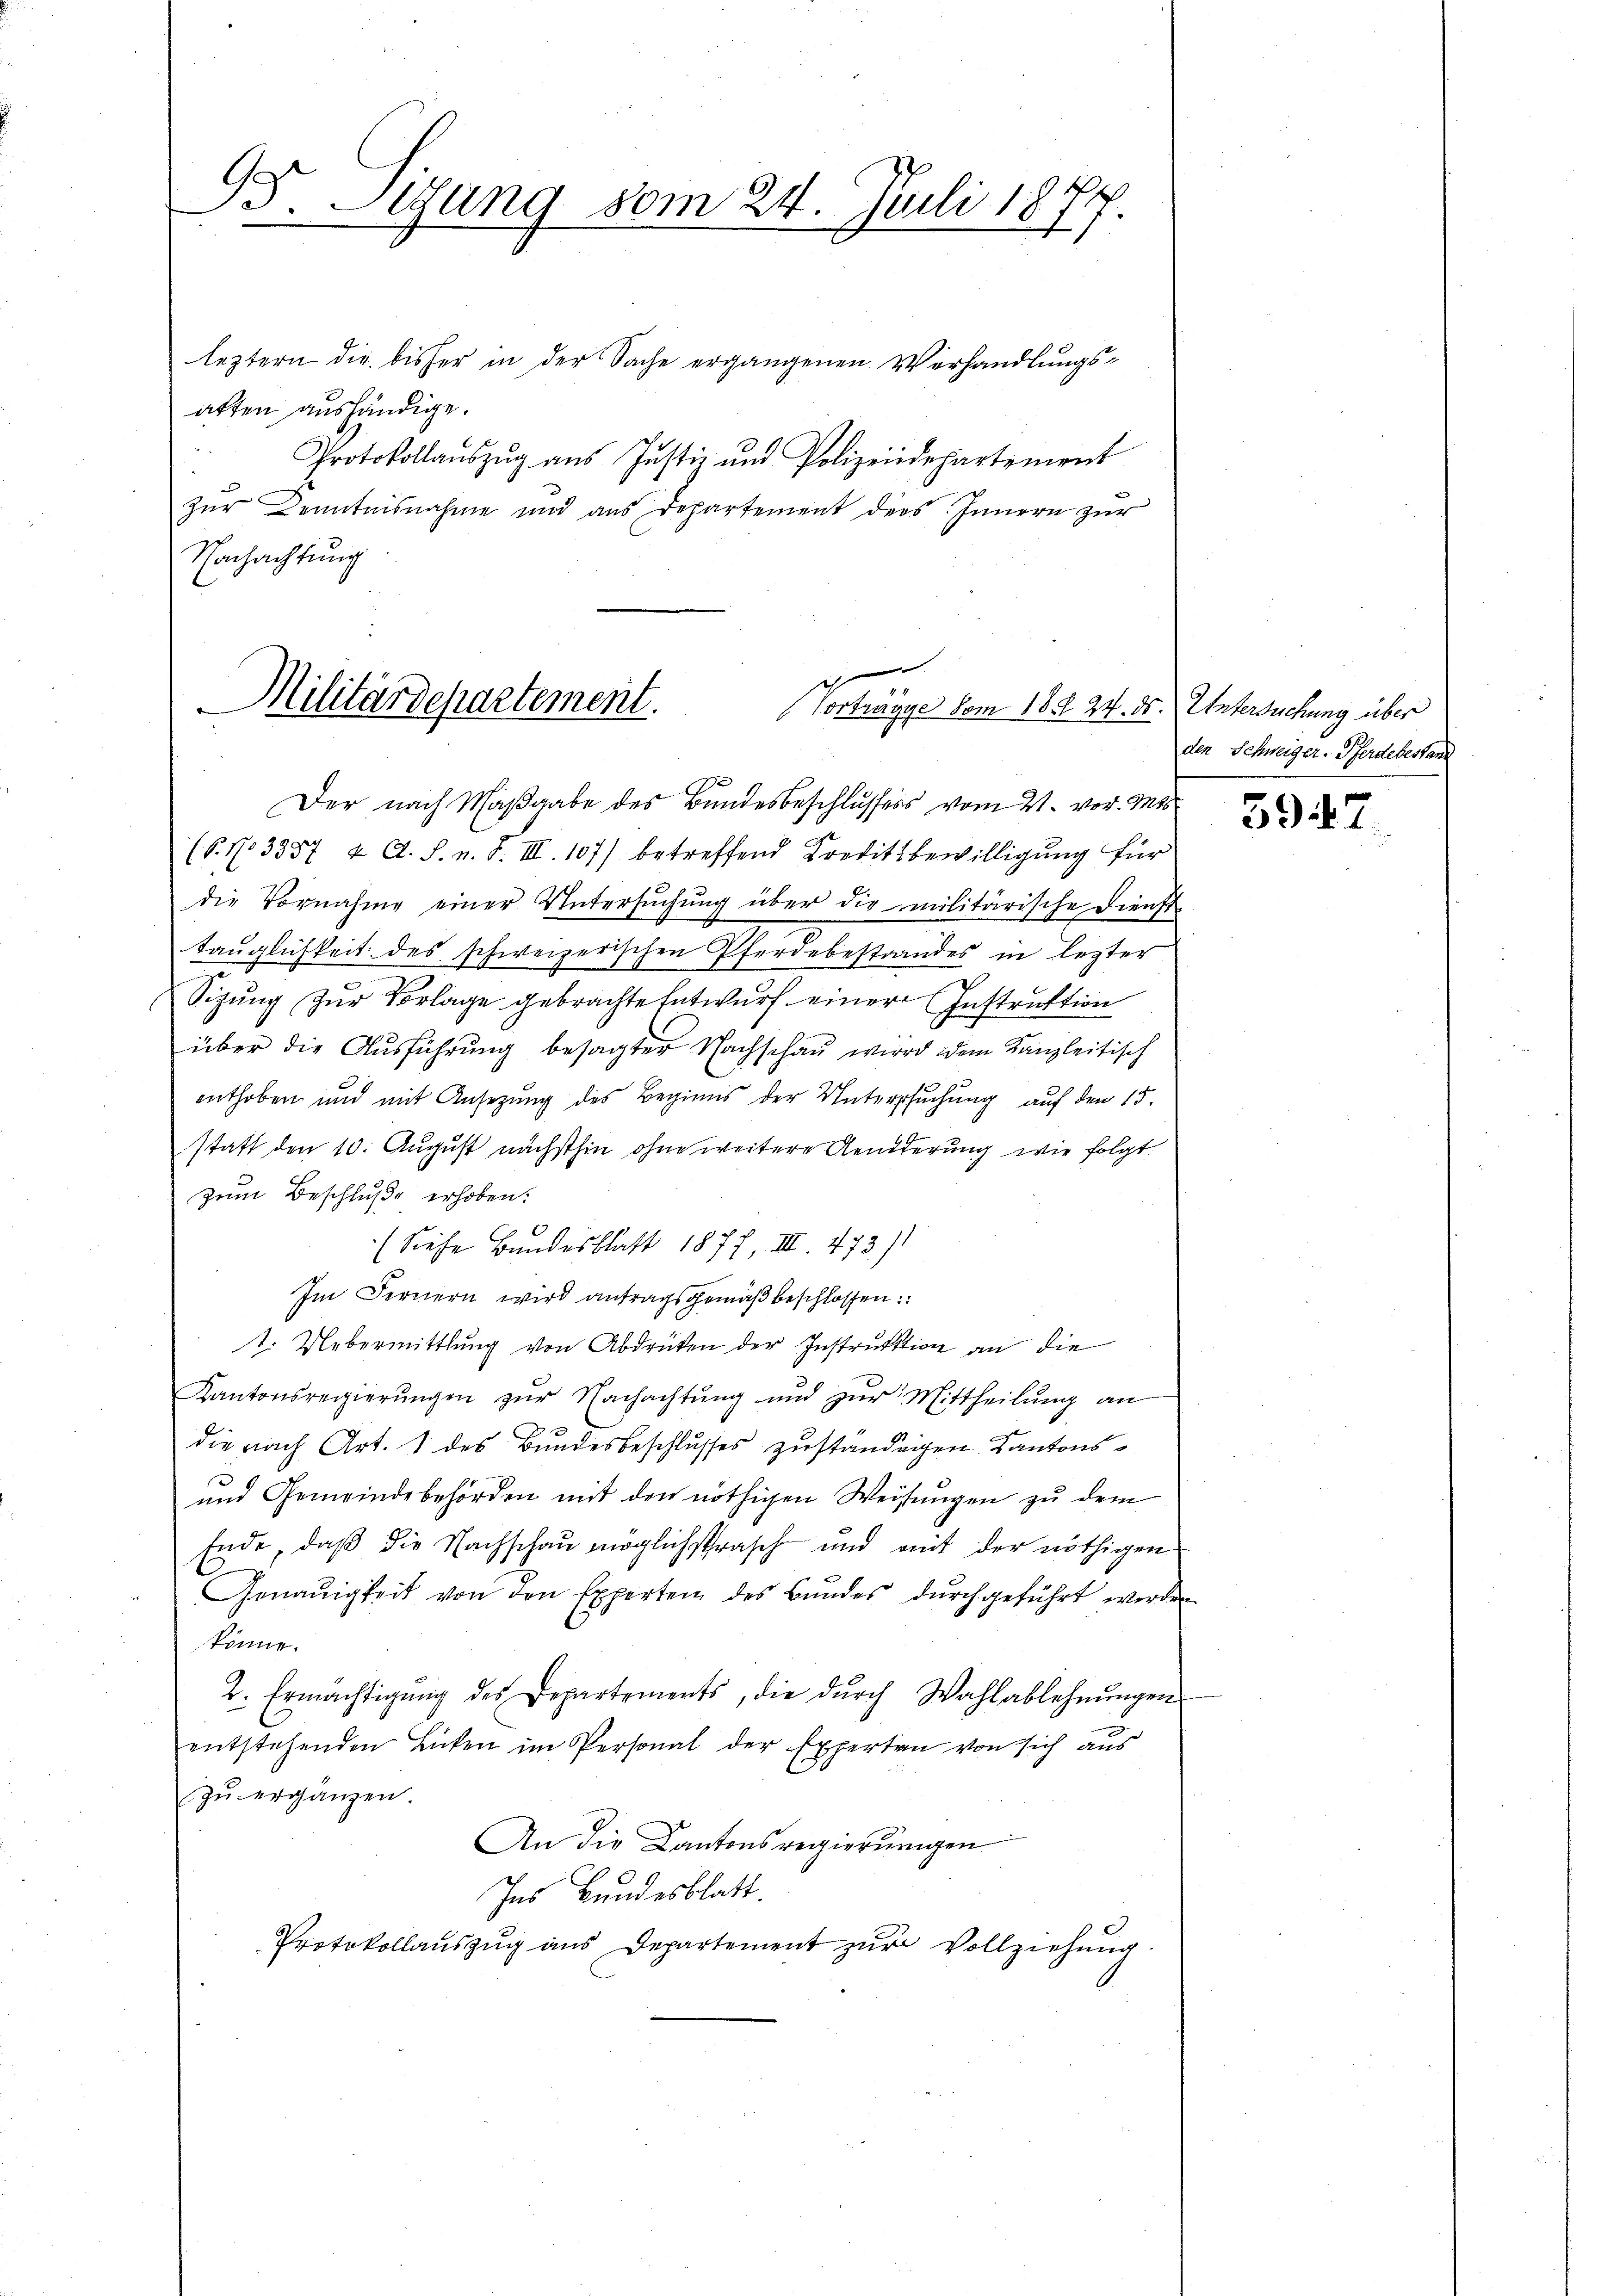
G
5. Segung vom 24. Juli 1877.

leztern die bisher in der Sache ergangenen Verhandlungsatten aushändige.
Protokollaŭszŭg aŭs Justiz und Polizeidepartement
Zur Denntnisnahme und aus Departement ders Innern zur
Nachachtung

Militärdepartement.
e
Der nach Maßgabe des Bundesbeschlussers vom 21. vor. Mts.
(P. No 3357 & A. S. n. F. III. 107) betreffend Kreditbewilligung für

e
Vortrage vom 18. 24. ds.

die Vornahme einer Untersŭchŭng über die militärische Dienst-
tauglichkeit des schweizerischen Pferdebestrandes in lezter
Sizung zur Vorlage gebrachte Entwurf einer Instruktion
über die Aŭsführŭng besagter Nachschaŭ wird dem Kanzleitisch
enthoben und mit Ansezung des Beginns der Untersuchung auf den 15.
statt den 10. August nächsthin ohne weitere Aenderung wie folgt
zum Beschluße erhoben:
(Siehe Bundesblatt 1877, III 473/
Im Fernern wird antragsgemäß beschlossen:
t. Uebermittlung von Abdrücken der Instruktion an die
Kantonsregierŭngen zŭr Nachachtŭng und zŭr Mittheilŭng an
die nach Art. 1 des Bundesbeschlusses zuständigen Kantons¬
und Gemeindebehörden mit den nöthigen Weisŭngen zu dem
Ende, daß die Nachschau möglichstrasch und mit der nöthigen
Genauigkeit von den Experten des Bundes dŭrchgeführt werden
könne.
2. Ermächtigŭng des Departements, die dŭrch Wahlablehnŭngen
entstehenden Bicken im Personal der Experten von sich aus
zŭ ergänzen.
An die Kantonsregierungen
Ins Bundesblatt
Protokollaŭszŭg aŭs Departement zŭr Vollziehŭng.

Untersuchung über
den Schweiger. Pferdebestand

5947.